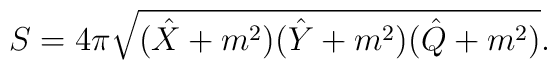
S=4\pi\sqrt{(\hat{X}+m^2)(\hat{Y}+m^2)(\hat{Q}+m^{2})}.